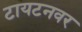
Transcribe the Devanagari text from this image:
टायटनवर